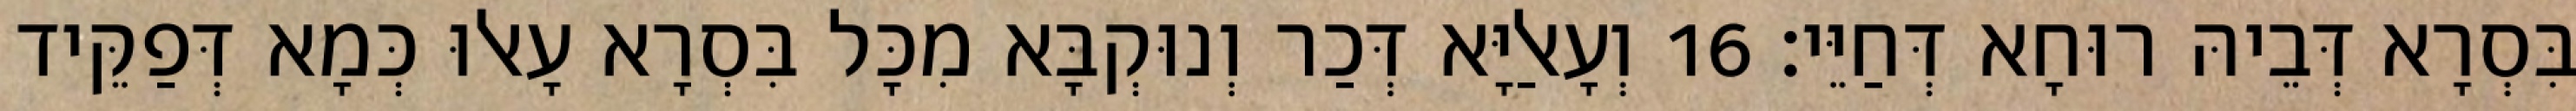
בִּסְרָא דְּבֵיהּ רוּחָא דְּחַיֵּי׃ 16 וְעָאלַיָּא דְּכַר וְנוּקְבָּא מִכָּל בִּסְרָא עָאלוּ כְּמָא דְּפַקֵּיד